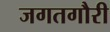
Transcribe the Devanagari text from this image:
जगतगौरी